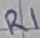
Text: R1